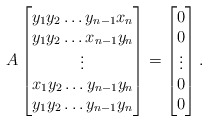
\begin{align*}A \begin{bmatrix} y_1y_2\dots y_{n-1}x_n\\y_1y_2\dots x_{n-1}y_n\\\vdots \\x_1y_2\dots y_{n-1}y_n\\y_1y_2\dots y_{n-1}y_n\\\end{bmatrix} =\begin{bmatrix} 0\\0\\\vdots \\0\\0\\\end{bmatrix}.\end{align*}